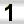
Digit: 1